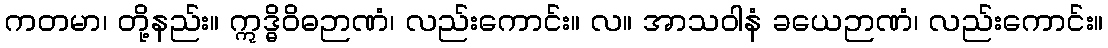
ကတမာ၊ တို့နည်း။ ဣဒ္ဓိဝိဓဉာဏံ၊ လည်းကောင်း။ လ။ အာသဝါနံ ခယေဉာဏံ၊ လည်းကောင်း။